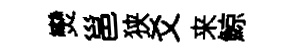
𤓖邕狭爻来鯨